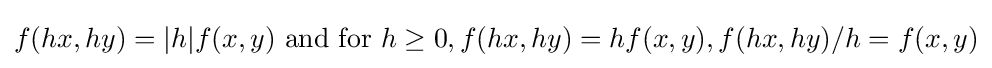
f(hx,hy)=|h|f(x,y){\text{ and for }}h\geq 0,f(hx,hy)=hf(x,y),f(hx,hy)/h=f(x,y)